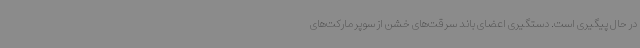
در حال پیگیری است. دستگیری اعضای باند سرقت‌های خشن از سوپرمارکت‌های